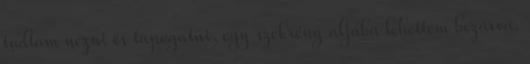
tudtam nézni és tapogatni, egy szekrény aljába lehettem bezárva.